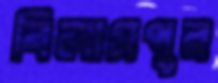
বিলাসপুর